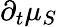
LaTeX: \partial_{t}\mu_{S}